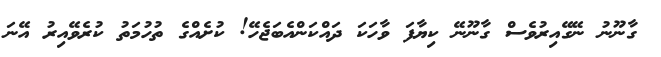
ގާނޫނު ނޭގޭއިރުވެސް ގާނޫނޭ ކިޔާފަ ވާހަކަ ދައްކަންއެބަޖެހޭ! ކުށެއްގެ ތުހުމަތު ކުރެވޭއިރު އޭނަ